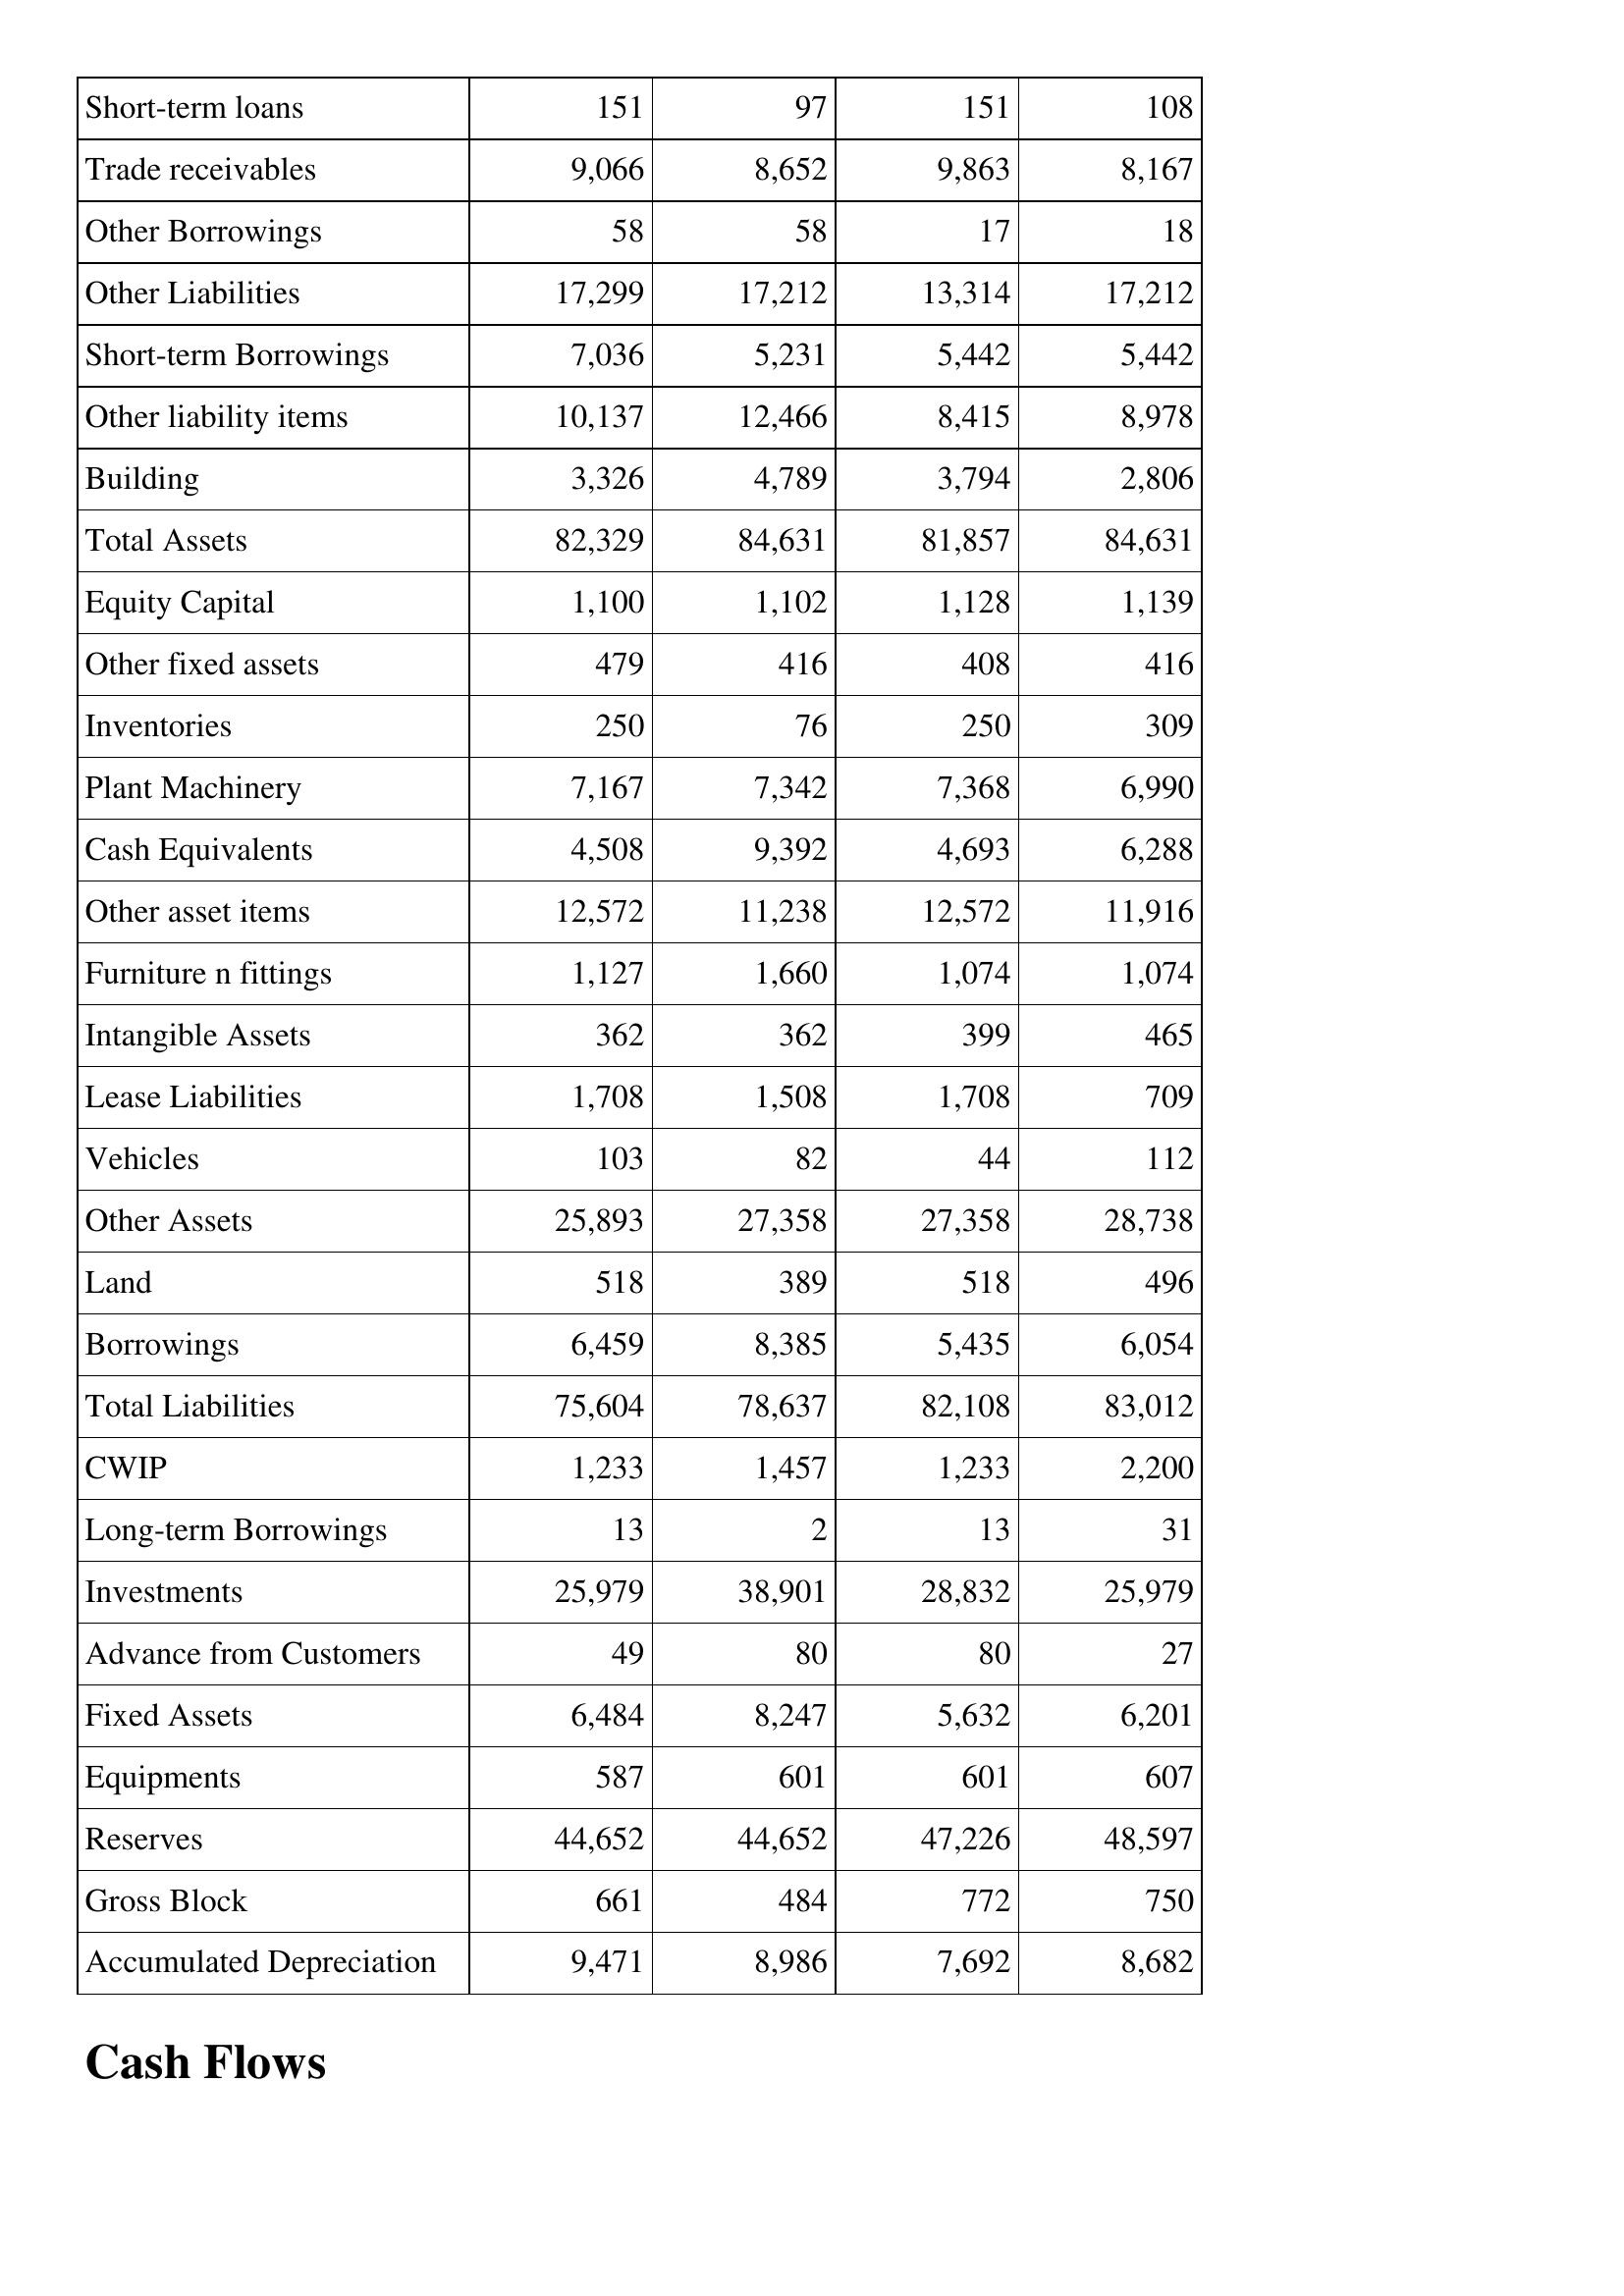
Apr-96: Balance Sheet: Short-term loans: 151
Trade receivables: 9,066
Other Borrowings: 58
Other Liabilities: 17,299
Short-term Borrowings: 7,036
Other liability items: 10,137
Building: 3,326
Total Assets: 82,329
Equity Capital: 1,100
Other fixed assets: 479
Inventories: 250
Plant Machinery: 7,167
Cash Equivalents: 4,508
Other asset items: 12,572
Furniture n fittings: 1,127
Intangible Assets: 362
Lease Liabilities: 1,708
Vehicles: 103
Other Assets: 25,893
Land: 518
Borrowings: 6,459
Total Liabilities: 75,604
CWIP: 1,233
Long-term Borrowings: 13
Investments: 25,979
Advance from Customers: 49
Fixed Assets: 6,484
Equipments: 587
Reserves: 44,652
Gross Block: 661
Accumulated Depreciation: 9,471
Apr-95: Balance Sheet: Short-term loans: 97
Trade receivables: 8,652
Other Borrowings: 58
Other Liabilities: 17,212
Short-term Borrowings: 5,231
Other liability items: 12,466
Building: 4,789
Total Assets: 84,631
Equity Capital: 1,102
Other fixed assets: 416
Inventories: 76
Plant Machinery: 7,342
Cash Equivalents: 9,392
Other asset items: 11,238
Furniture n fittings: 1,660
Intangible Assets: 362
Lease Liabilities: 1,508
Vehicles: 82
Other Assets: 27,358
Land: 389
Borrowings: 8,385
Total Liabilities: 78,637
CWIP: 1,457
Long-term Borrowings: 2
Investments: 38,901
Advance from Customers: 80
Fixed Assets: 8,247
Equipments: 601
Reserves: 44,652
Gross Block: 484
Accumulated Depreciation: 8,986
Apr-94: Balance Sheet: Short-term loans: 151
Trade receivables: 9,863
Other Borrowings: 17
Other Liabilities: 13,314
Short-term Borrowings: 5,442
Other liability items: 8,415
Building: 3,794
Total Assets: 81,857
Equity Capital: 1,128
Other fixed assets: 408
Inventories: 250
Plant Machinery: 7,368
Cash Equivalents: 4,693
Other asset items: 12,572
Furniture n fittings: 1,074
Intangible Assets: 399
Lease Liabilities: 1,708
Vehicles: 44
Other Assets: 27,358
Land: 518
Borrowings: 5,435
Total Liabilities: 82,108
CWIP: 1,233
Long-term Borrowings: 13
Investments: 28,832
Advance from Customers: 80
Fixed Assets: 5,632
Equipments: 601
Reserves: 47,226
Gross Block: 772
Accumulated Depreciation: 7,692
Apr-93: Balance Sheet: Short-term loans: 108
Trade receivables: 8,167
Other Borrowings: 18
Other Liabilities: 17,212
Short-term Borrowings: 5,442
Other liability items: 8,978
Building: 2,806
Total Assets: 84,631
Equity Capital: 1,139
Other fixed assets: 416
Inventories: 309
Plant Machinery: 6,990
Cash Equivalents: 6,288
Other asset items: 11,916
Furniture n fittings: 1,074
Intangible Assets: 465
Lease Liabilities: 709
Vehicles: 112
Other Assets: 28,738
Land: 496
Borrowings: 6,054
Total Liabilities: 83,012
CWIP: 2,200
Long-term Borrowings: 31
Investments: 25,979
Advance from Customers: 27
Fixed Assets: 6,201
Equipments: 607
Reserves: 48,597
Gross Block: 750
Accumulated Depreciation: 8,682